Document type: Barter
Year: 1304
Scribe: Pere Pometa
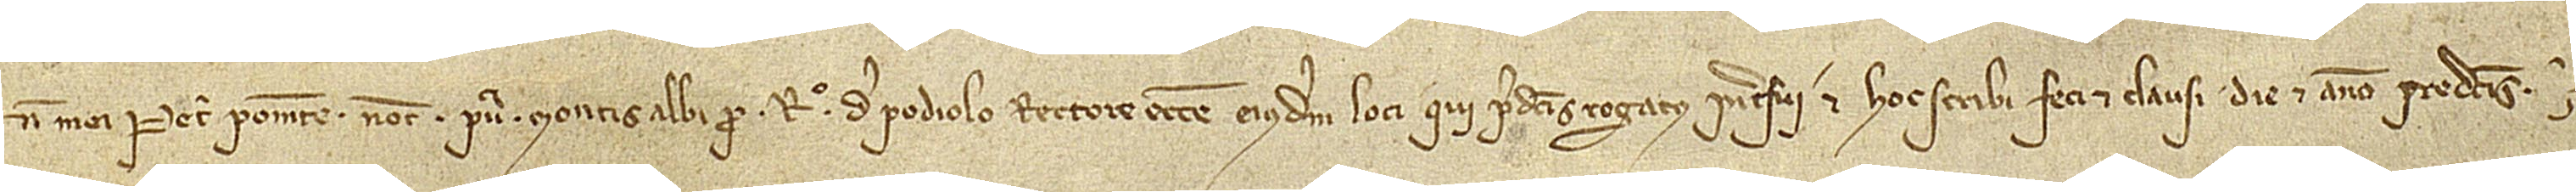
num mei Petri Pomete, notarii publici Montisalbi pro Raimundo de Podiolo, rectore ecclesie eiusdem loci, qui predictis rogatus interfui et hoc scribi, feci et clausi die et anno predictis.